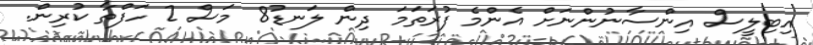
އިބިލީސް އިންސާނުންނަށް އެންމެ ފުރަތަމަ ދިން ލަނޑު8 މަސް 2 ހަފްތާ ކުރިން.